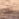
لك